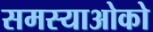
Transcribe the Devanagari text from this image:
समस्याओको